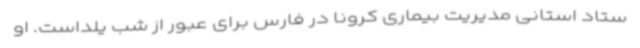
ستاد استانی مدیریت بیماری کرونا در فارس برای عبور از شب یلداست. او